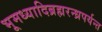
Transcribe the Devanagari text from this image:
भूमध्यादिब्रह्मरन्ध्रपर्यन्त